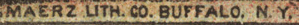
MAERZ LITH CO. BUFFALO. N.Y.